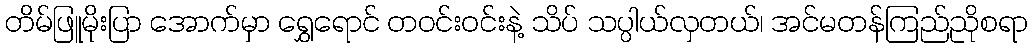
တိမ်ဖြူမိုးပြာ အောက်မှာ ရွှေရောင် တဝင်းဝင်းနဲ့ သိပ် သပ္ပါယ်လှတယ်၊ အင်မတန်ကြည်ညိုစရာ